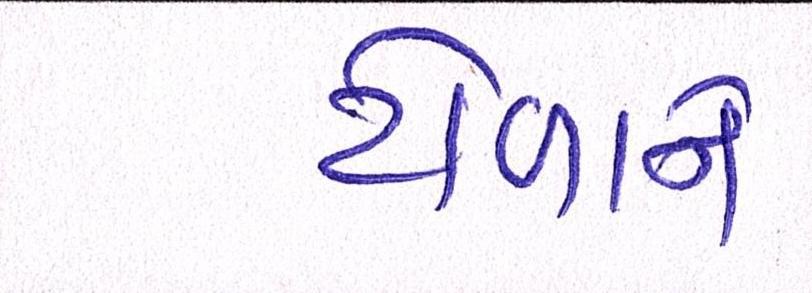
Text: ટોળાને